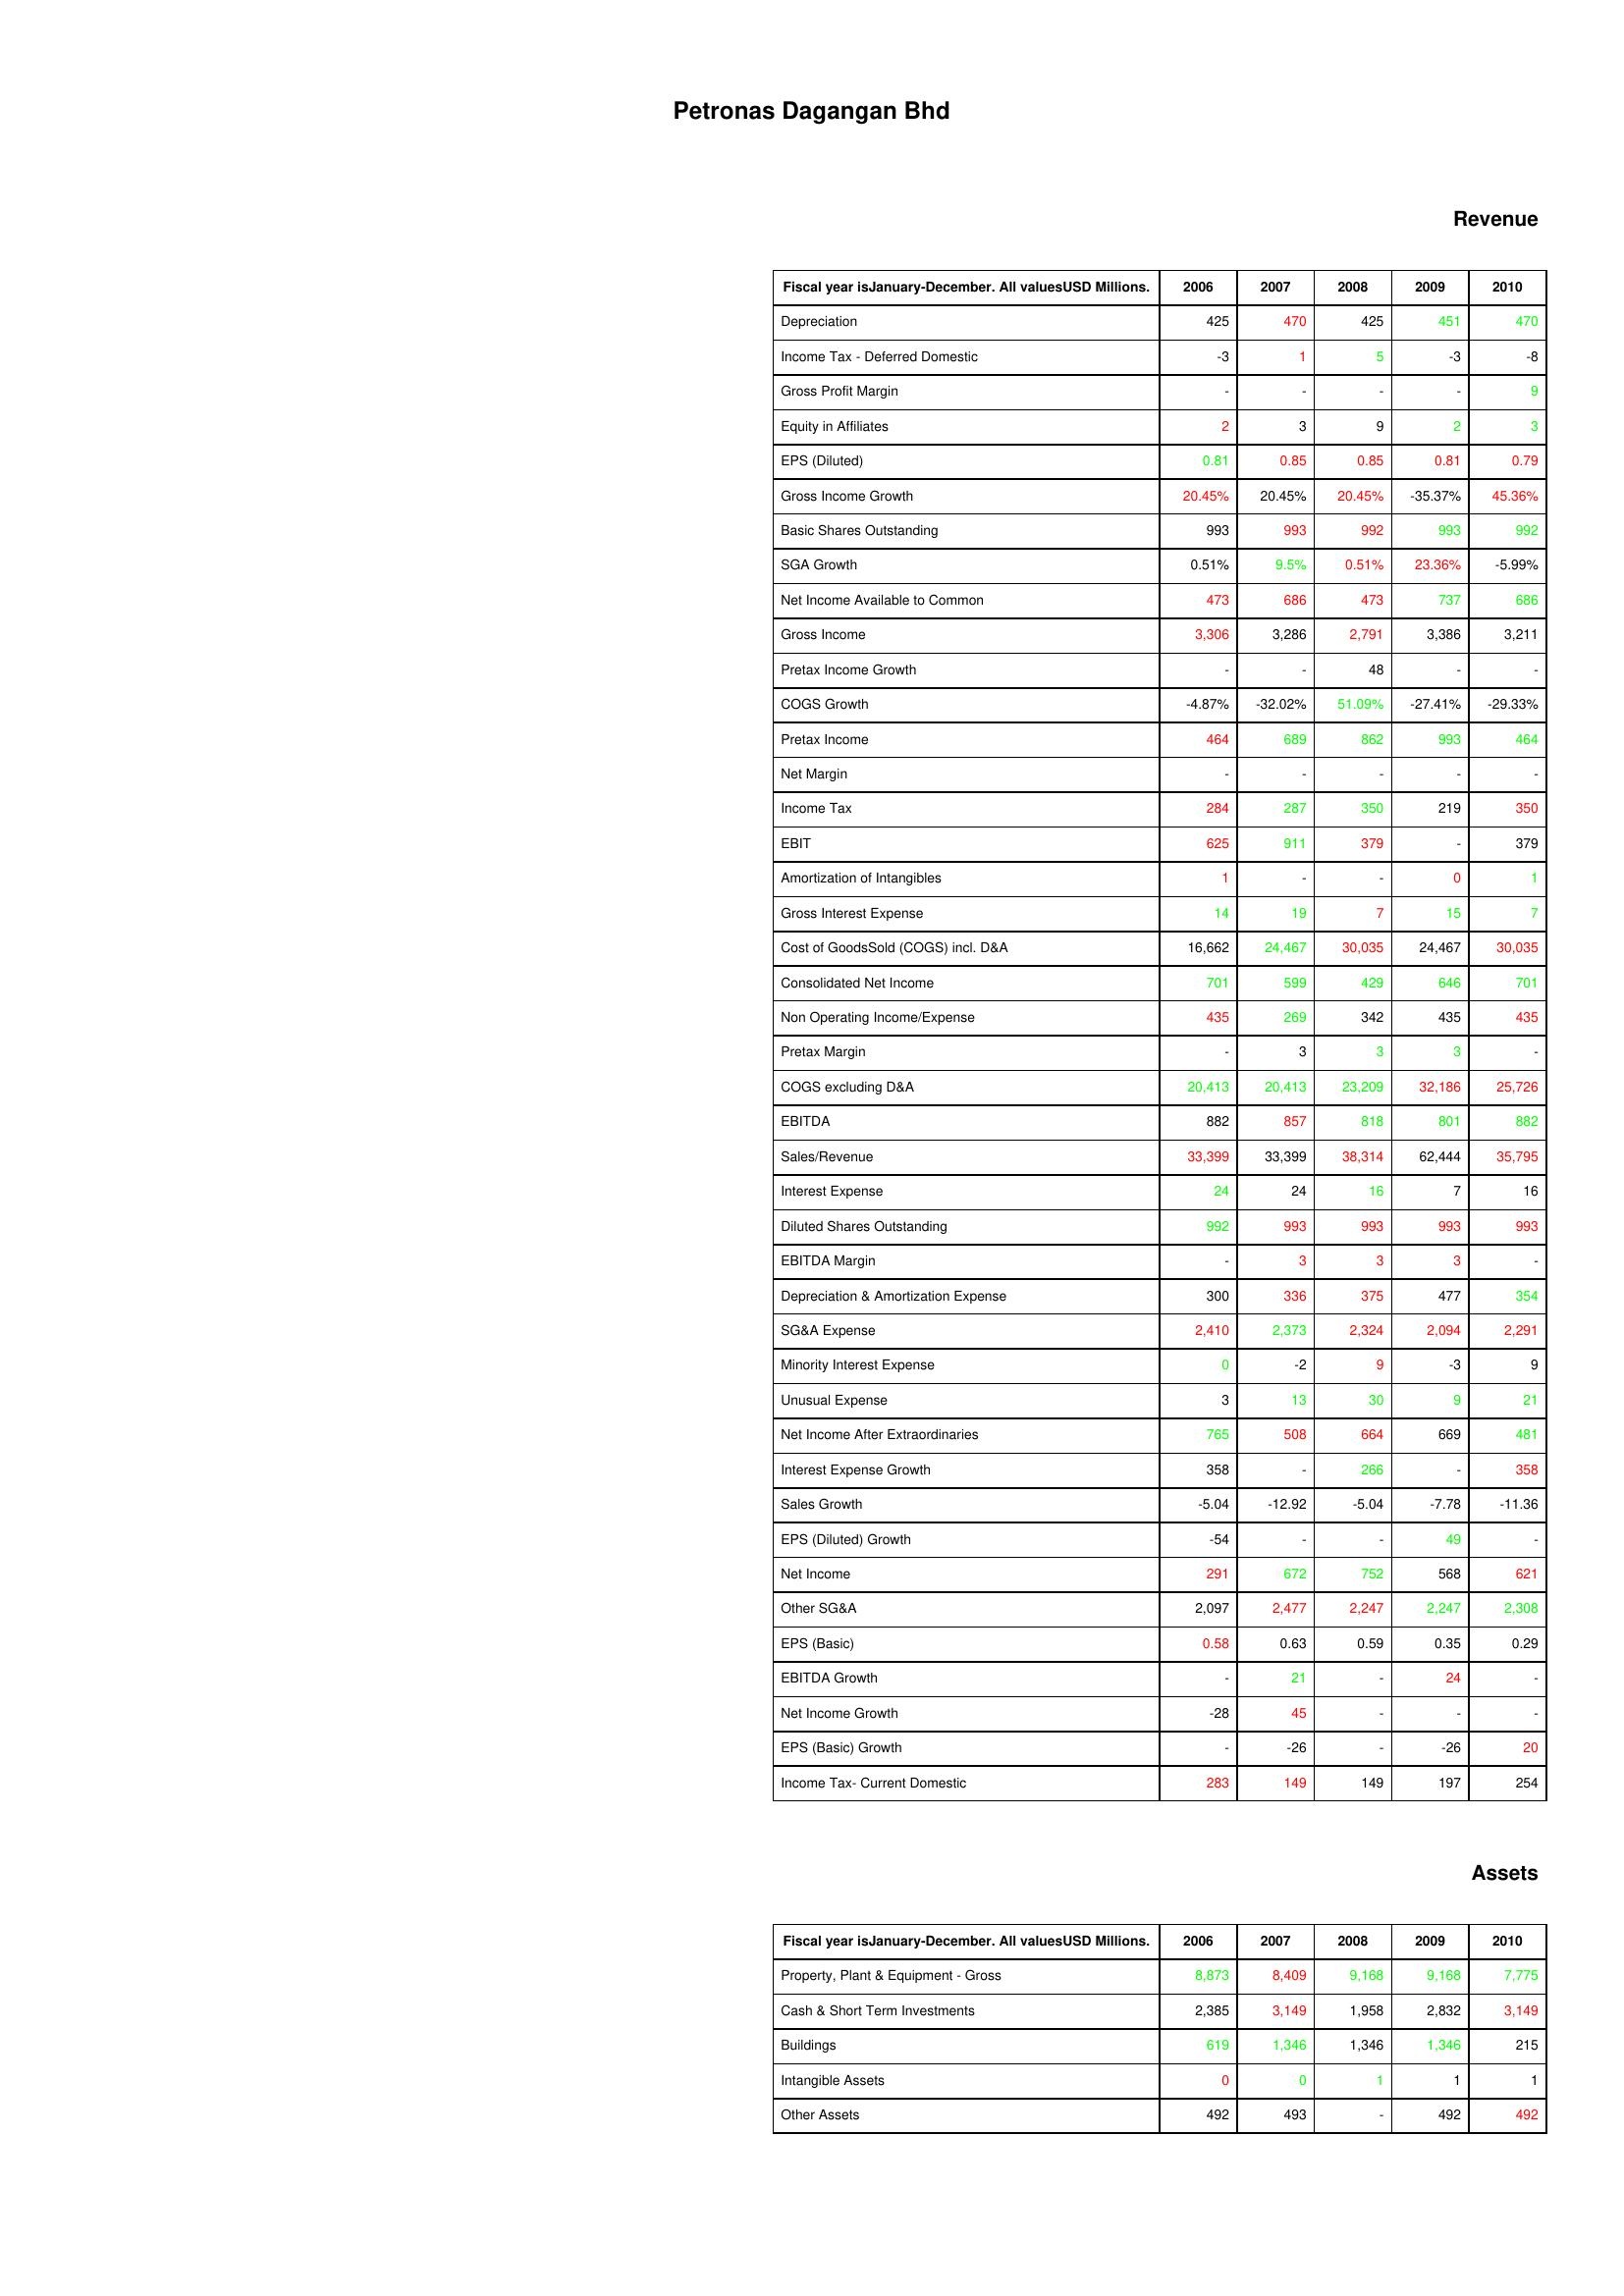
gt_parse: 2006: Revenue: Depreciation: 425
Income Tax - Deferred Domestic: -3
Gross Profit Margin: -
Equity in Affiliates: 2
EPS (Diluted): 0.81
Gross Income Growth: 20.45%
Basic Shares Outstanding: 993
SGA Growth: 0.51%
Net Income Available to Common: 473
Gross Income: 3,306
Pretax Income Growth: -
COGS Growth: -4.87%
Pretax Income: 464
Net Margin: -
Income Tax: 284
EBIT: 625
Amortization of Intangibles: 1
Gross Interest Expense: 14
Cost of GoodsSold (COGS) incl. D&A: 16,662
Consolidated Net Income: 701
Non Operating Income/Expense: 435
Pretax Margin: -
COGS excluding D&A: 20,413
EBITDA: 882
Sales/Revenue: 33,399
Interest Expense: 24
Diluted Shares Outstanding: 992
EBITDA Margin: -
Depreciation & Amortization Expense: 300
SG&A Expense: 2,410
Minority Interest Expense: 0
Unusual Expense: 3
Net Income After Extraordinaries: 765
Interest Expense Growth: 358
Sales Growth: -5.04
EPS (Diluted) Growth: -54
Net Income: 291
Other SG&A: 2,097
EPS (Basic): 0.58
EBITDA Growth: -
Net Income Growth: -28
EPS (Basic) Growth: -
Income Tax- Current Domestic: 283
Assets: Property, Plant & Equipment - Gross : 8,873
Cash & Short Term Investments: 2,385
Buildings: 619
Intangible Assets: 0
Other Assets: 492
2007: Revenue: Depreciation: 470
Income Tax - Deferred Domestic: 1
Gross Profit Margin: -
Equity in Affiliates: 3
EPS (Diluted): 0.85
Gross Income Growth: 20.45%
Basic Shares Outstanding: 993
SGA Growth: 9.5%
Net Income Available to Common: 686
Gross Income: 3,286
Pretax Income Growth: -
COGS Growth: -32.02%
Pretax Income: 689
Net Margin: -
Income Tax: 287
EBIT: 911
Amortization of Intangibles: -
Gross Interest Expense: 19
Cost of GoodsSold (COGS) incl. D&A: 24,467
Consolidated Net Income: 599
Non Operating Income/Expense: 269
Pretax Margin: 3
COGS excluding D&A: 20,413
EBITDA: 857
Sales/Revenue: 33,399
Interest Expense: 24
Diluted Shares Outstanding: 993
EBITDA Margin: 3
Depreciation & Amortization Expense: 336
SG&A Expense: 2,373
Minority Interest Expense: -2
Unusual Expense: 13
Net Income After Extraordinaries: 508
Interest Expense Growth: -
Sales Growth: -12.92
EPS (Diluted) Growth: -
Net Income: 672
Other SG&A: 2,477
EPS (Basic): 0.63
EBITDA Growth: 21
Net Income Growth: 45
EPS (Basic) Growth: -26
Income Tax- Current Domestic: 149
Assets: Property, Plant & Equipment - Gross : 8,409
Cash & Short Term Investments: 3,149
Buildings: 1,346
Intangible Assets: 0
Other Assets: 493
2008: Revenue: Depreciation: 425
Income Tax - Deferred Domestic: 5
Gross Profit Margin: -
Equity in Affiliates: 9
EPS (Diluted): 0.85
Gross Income Growth: 20.45%
Basic Shares Outstanding: 992
SGA Growth: 0.51%
Net Income Available to Common: 473
Gross Income: 2,791
Pretax Income Growth: 48
COGS Growth: 51.09%
Pretax Income: 862
Net Margin: -
Income Tax: 350
EBIT: 379
Amortization of Intangibles: -
Gross Interest Expense: 7
Cost of GoodsSold (COGS) incl. D&A: 30,035
Consolidated Net Income: 429
Non Operating Income/Expense: 342
Pretax Margin: 3
COGS excluding D&A: 23,209
EBITDA: 818
Sales/Revenue: 38,314
Interest Expense: 16
Diluted Shares Outstanding: 993
EBITDA Margin: 3
Depreciation & Amortization Expense: 375
SG&A Expense: 2,324
Minority Interest Expense: 9
Unusual Expense: 30
Net Income After Extraordinaries: 664
Interest Expense Growth: 266
Sales Growth: -5.04
EPS (Diluted) Growth: -
Net Income: 752
Other SG&A: 2,247
EPS (Basic): 0.59
EBITDA Growth: -
Net Income Growth: -
EPS (Basic) Growth: -
Income Tax- Current Domestic: 149
Assets: Property, Plant & Equipment - Gross : 9,168
Cash & Short Term Investments: 1,958
Buildings: 1,346
Intangible Assets: 1
Other Assets: -
2009: Revenue: Depreciation: 451
Income Tax - Deferred Domestic: -3
Gross Profit Margin: -
Equity in Affiliates: 2
EPS (Diluted): 0.81
Gross Income Growth: -35.37%
Basic Shares Outstanding: 993
SGA Growth: 23.36%
Net Income Available to Common: 737
Gross Income: 3,386
Pretax Income Growth: -
COGS Growth: -27.41%
Pretax Income: 993
Net Margin: -
Income Tax: 219
EBIT: -
Amortization of Intangibles: 0
Gross Interest Expense: 15
Cost of GoodsSold (COGS) incl. D&A: 24,467
Consolidated Net Income: 646
Non Operating Income/Expense: 435
Pretax Margin: 3
COGS excluding D&A: 32,186
EBITDA: 801
Sales/Revenue: 62,444
Interest Expense: 7
Diluted Shares Outstanding: 993
EBITDA Margin: 3
Depreciation & Amortization Expense: 477
SG&A Expense: 2,094
Minority Interest Expense: -3
Unusual Expense: 9
Net Income After Extraordinaries: 669
Interest Expense Growth: -
Sales Growth: -7.78
EPS (Diluted) Growth: 49
Net Income: 568
Other SG&A: 2,247
EPS (Basic): 0.35
EBITDA Growth: 24
Net Income Growth: -
EPS (Basic) Growth: -26
Income Tax- Current Domestic: 197
Assets: Property, Plant & Equipment - Gross : 9,168
Cash & Short Term Investments: 2,832
Buildings: 1,346
Intangible Assets: 1
Other Assets: 492
2010: Revenue: Depreciation: 470
Income Tax - Deferred Domestic: -8
Gross Profit Margin: 9
Equity in Affiliates: 3
EPS (Diluted): 0.79
Gross Income Growth: 45.36%
Basic Shares Outstanding: 992
SGA Growth: -5.99%
Net Income Available to Common: 686
Gross Income: 3,211
Pretax Income Growth: -
COGS Growth: -29.33%
Pretax Income: 464
Net Margin: -
Income Tax: 350
EBIT: 379
Amortization of Intangibles: 1
Gross Interest Expense: 7
Cost of GoodsSold (COGS) incl. D&A: 30,035
Consolidated Net Income: 701
Non Operating Income/Expense: 435
Pretax Margin: -
COGS excluding D&A: 25,726
EBITDA: 882
Sales/Revenue: 35,795
Interest Expense: 16
Diluted Shares Outstanding: 993
EBITDA Margin: -
Depreciation & Amortization Expense: 354
SG&A Expense: 2,291
Minority Interest Expense: 9
Unusual Expense: 21
Net Income After Extraordinaries: 481
Interest Expense Growth: 358
Sales Growth: -11.36
EPS (Diluted) Growth: -
Net Income: 621
Other SG&A: 2,308
EPS (Basic): 0.29
EBITDA Growth: -
Net Income Growth: -
EPS (Basic) Growth: 20
Income Tax- Current Domestic: 254
Assets: Property, Plant & Equipment - Gross : 7,775
Cash & Short Term Investments: 3,149
Buildings: 215
Intangible Assets: 1
Other Assets: 492